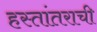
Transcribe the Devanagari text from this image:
हस्तांतराची